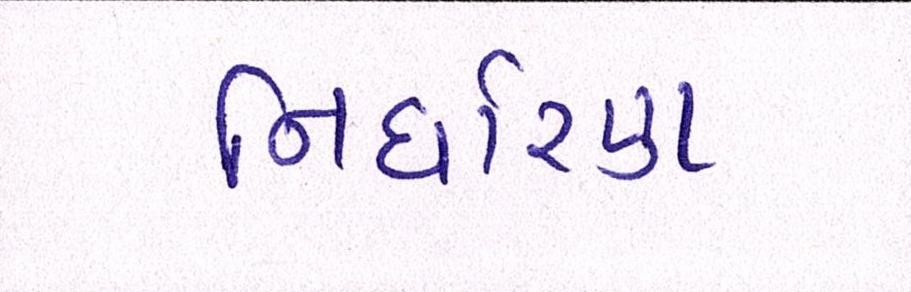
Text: નિર્ધારણ